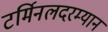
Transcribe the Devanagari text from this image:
टर्मिनलदरम्यान